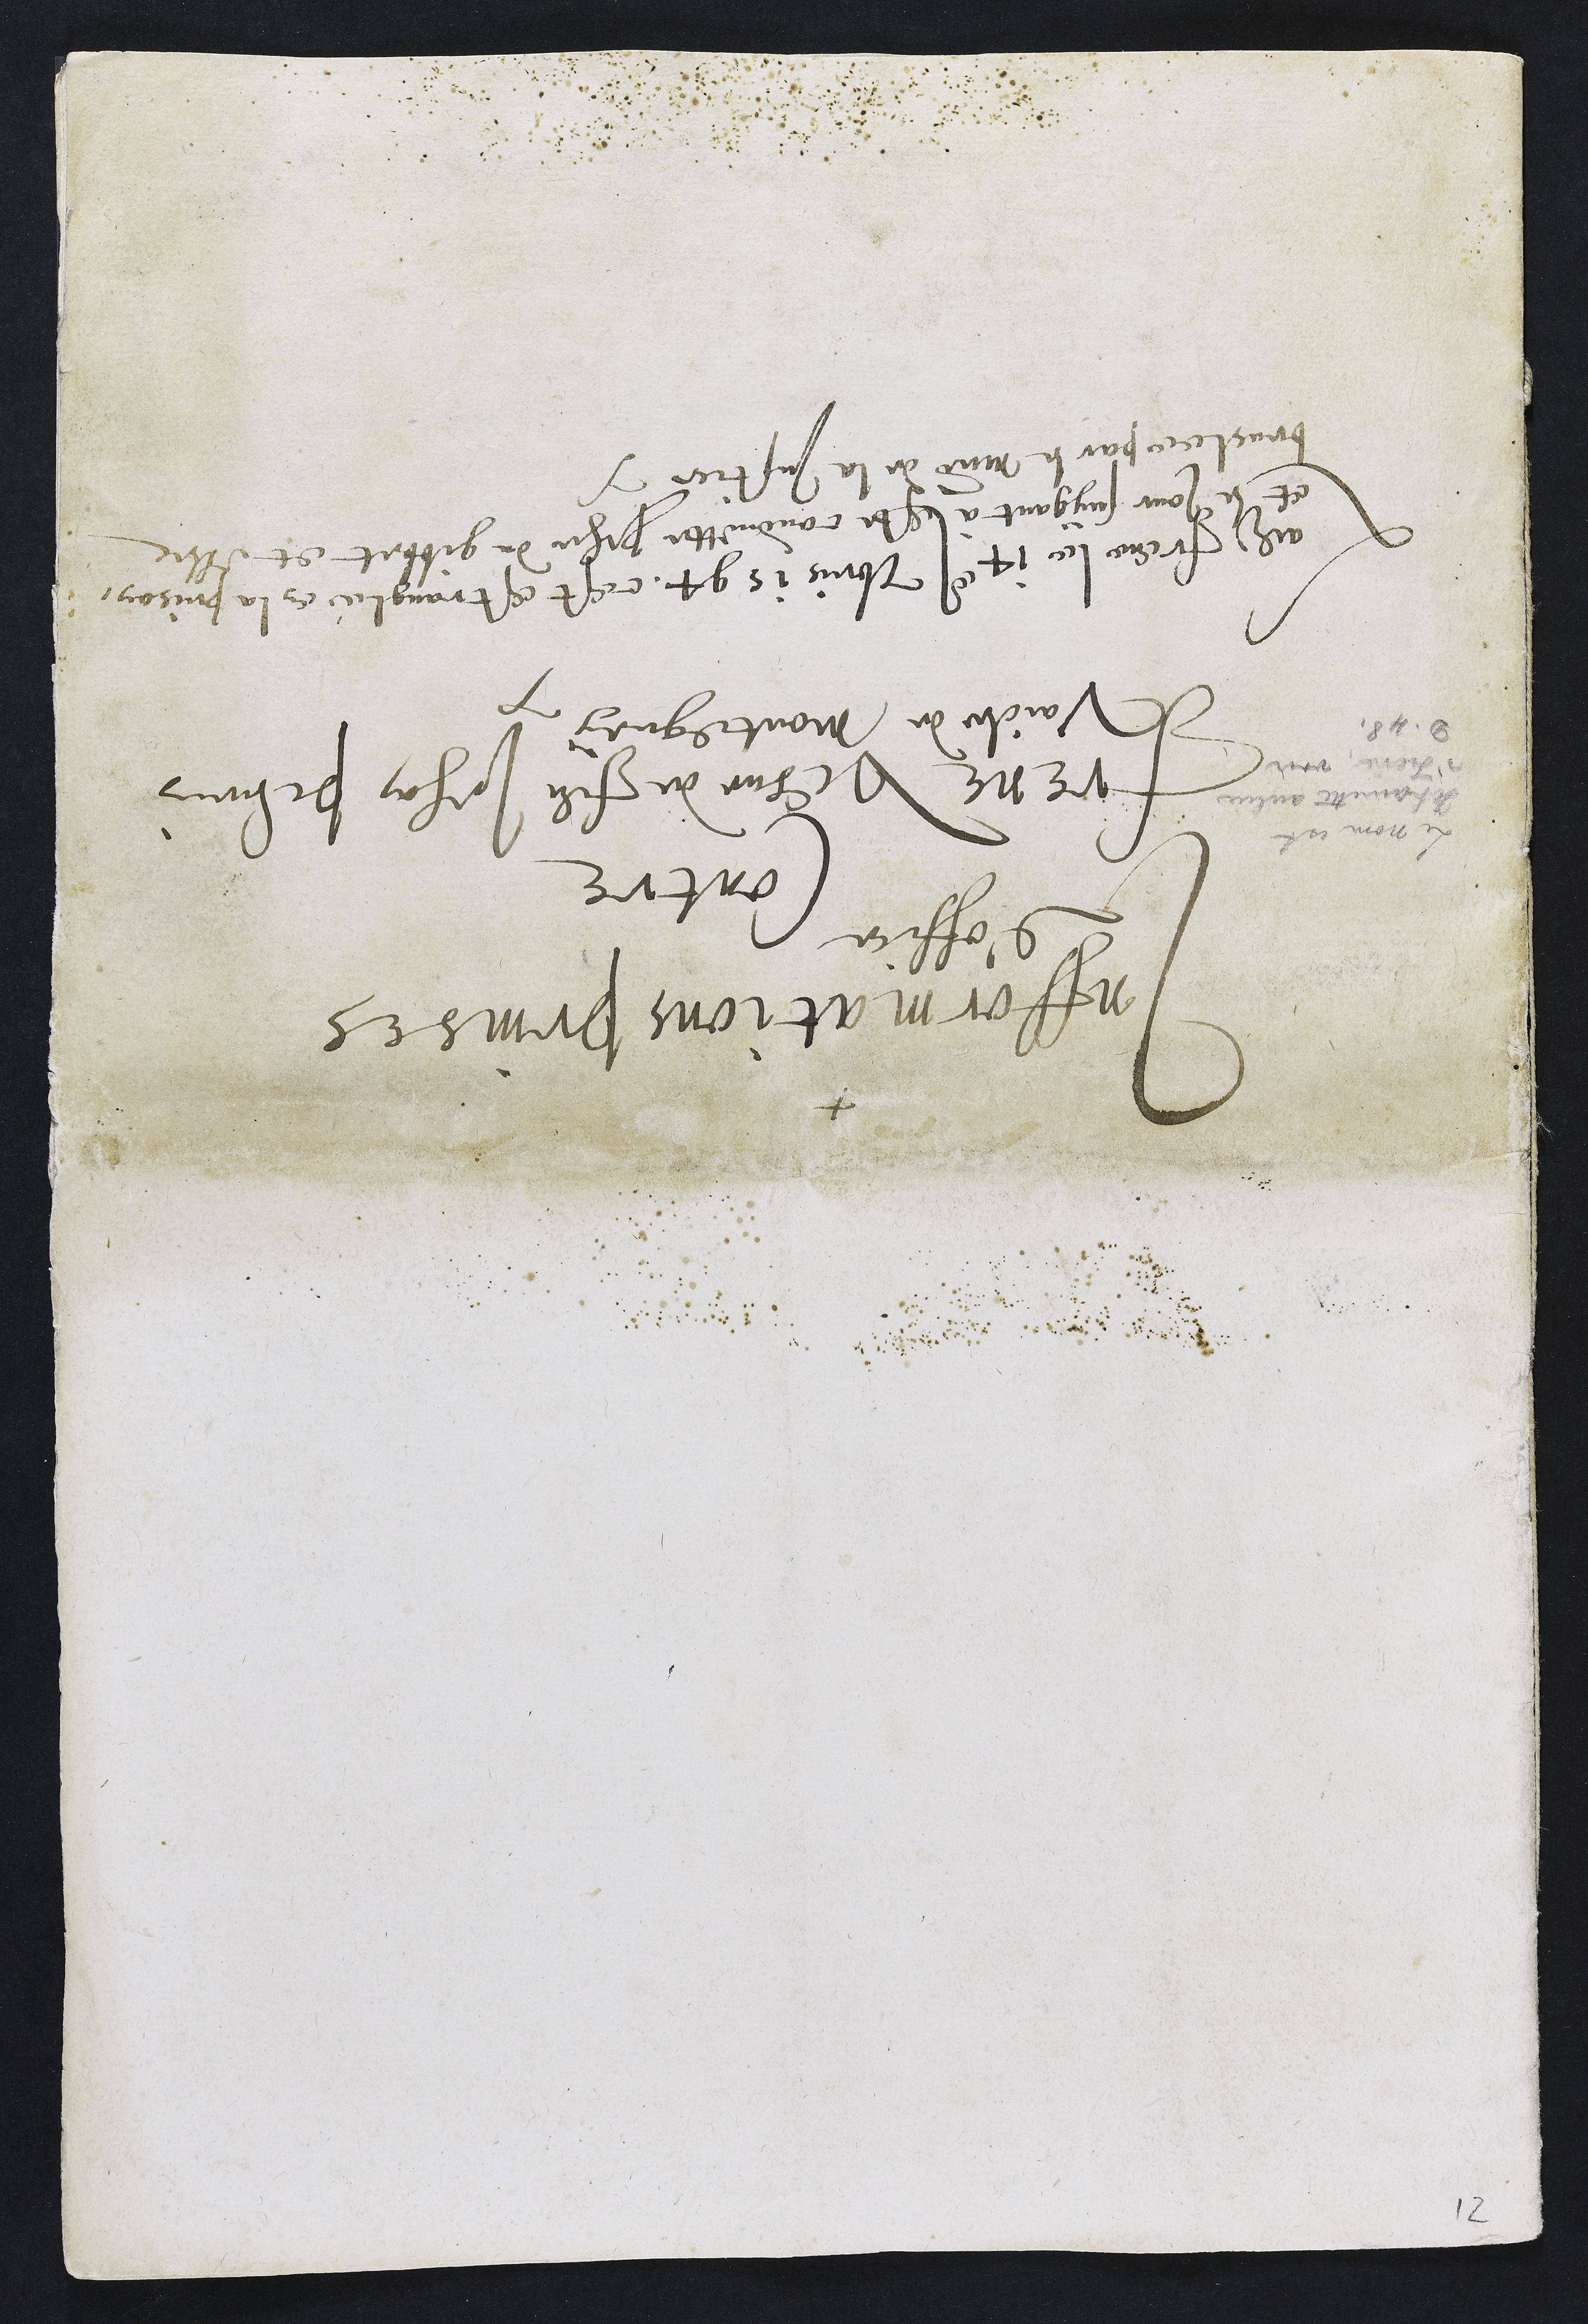
+
Infformations prinses
d’office
Contre
frent vesve de feu Jehan Perrin
Vaicle de Montegney
Ladite freue le 7e Jehan 1597, cest estrangle en la prison
et le jour suygant à este conduitte proche du fillet et elle
bruslée par le maire de la Justice.
Le non et
Jamitte autre
Marie ne
3. 89.

12